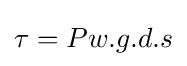
\tau =Pw.g.d.s